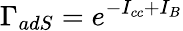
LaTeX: \Gamma_{adS}=e^{-I_{cc}+I_{B}}